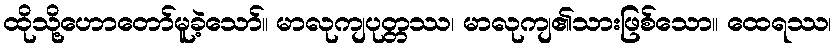
ထိုသို့ဟောတော်မူခဲ့သော်။ မာလုကျပုတ္တဿ၊ မာလုကျ၏သားဖြစ်သော။ ထေရဿ၊